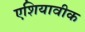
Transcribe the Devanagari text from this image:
एशियावीक